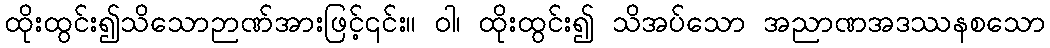
ထိုးထွင်း၍သိသောဉာဏ်အားဖြင့်၎င်း။ ဝါ၊ ထိုးထွင်း၍ သိအပ်သော အညာဏအဒဿနစသော